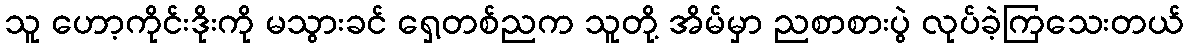
သူ ဟော့ကိုင်းဒိုးကို မသွားခင် ရှေ့တစ်ညက သူတို့ အိမ်မှာ ညစာစားပွဲ လုပ်ခဲ့ကြသေးတယ်